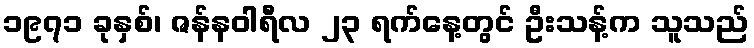
၁၉၇၁ ခုနှစ်၊ ဇန်နဝါရီလ ၂၃ ရက်နေ့တွင် ဦးသန့်က သူသည်